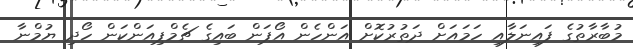
މުބާރާތުގެ ފައިނަލާއި ހަމައަށް ދަތުރުކޮށް އަންހެން އޯޕަން ބައިގެ ޗެމްޕިއަންކަން ހޯދި ޔުމްނާ